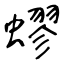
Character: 蟉